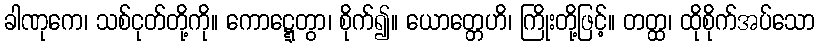
ခါဏုကေ၊ သစ်ငုတ်တို့ကို။ ကောဋ္ဋေတွာ၊ စိုက်၍။ ယောတ္တေဟိ၊ ကြိုးတို့ဖြင့်။ တတ္ထ၊ ထိုစိုက်အပ်သော